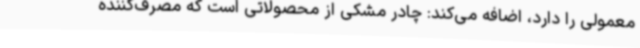
معمولی را دارد، اضافه می‌کند: چادر مشکی از محصولاتی است که مصرف‌کننده